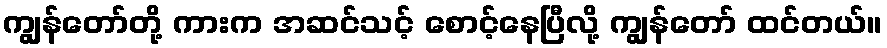
ကျွန်တော်တို့ ကားက အဆင်သင့် စောင့်နေပြီလို့ ကျွန်တော် ထင်တယ်။